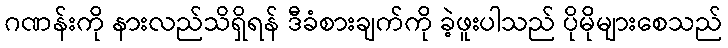
ဂဏန်းကို နားလည်သိရှိရန် ဒီခံစားချက်ကို ခဲ့ဖူးပါသည် ပိုမိုများစေသည်